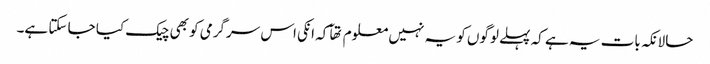
حالانکہ بات یہ ہے کہ پہلے لوگوں کو یہ نہیں معلوم تھآ کہ انکی اس سرگرمی کو بھی چیک کیا جا سکتا ہے۔